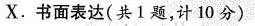
X。书面表达(共1题，计10分)